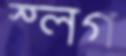
স্লগ